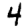
Digit: 4